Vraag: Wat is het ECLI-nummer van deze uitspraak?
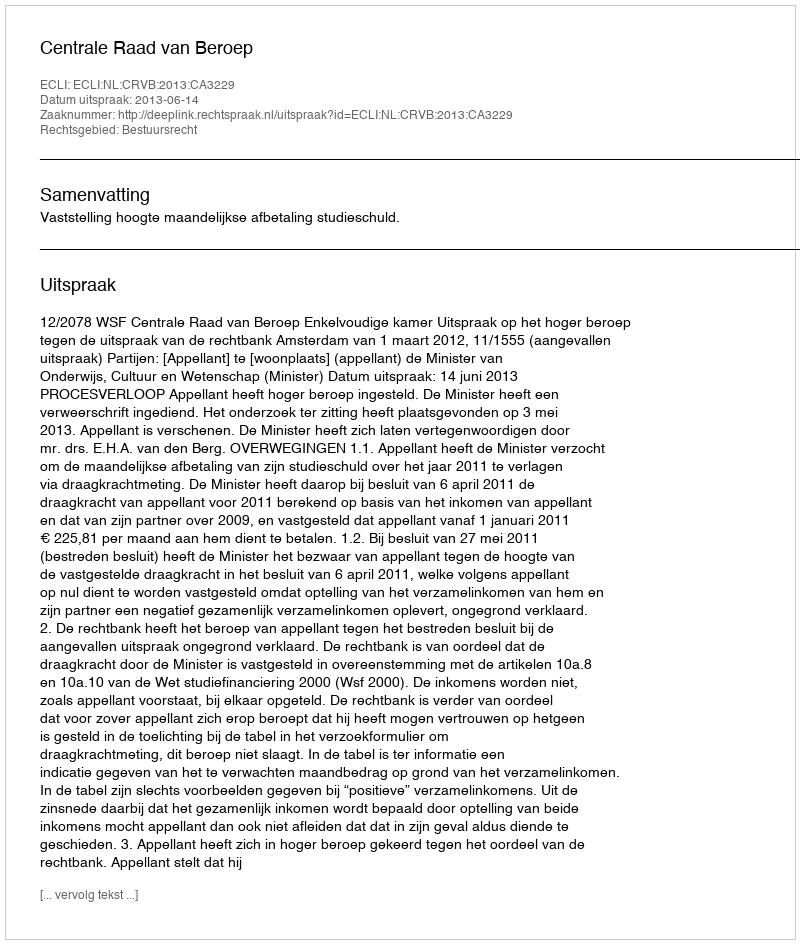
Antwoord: ECLI:NL:CRVB:2013:CA3229